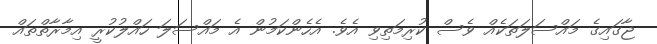
ޖާގައިގެ މައްސަލަތަކެއް ވެސް ކުރިމަތިވި އެވެ. އެހެންކަމުން އެ މައްސަލަ ހައްލުކުރީ އިމާރާތްތައް